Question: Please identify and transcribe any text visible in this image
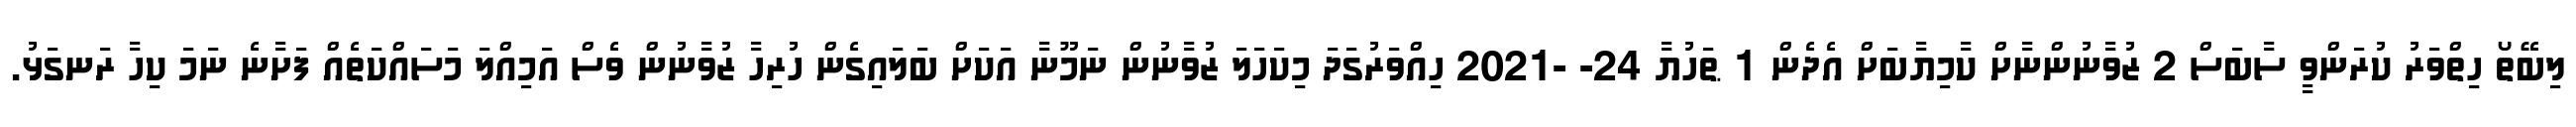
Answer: ލިބޭތޯ ހިތްވަރު ކުރަންވީ ސާބަސް 2 ޒުވާނުންނާށް ކާމިޔާބަށް އެދެން 1 ޠަހުޔާ 24- -2021 ހިއްވަރުގަދަ މިކަހަލަ ޒުވާނުން ނަމޫނާ އަކަށް ބަލައިގެން ހުރިހާ ޒުވާނުން ވެސް އަމިއްލަ މަސައްކަތެއް ފަށާނެ ނަމަ ކިހާ ރަނގަޅު.